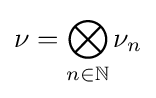
\nu =\bigotimes _{n\in \mathbb {N} }\nu _{n}